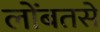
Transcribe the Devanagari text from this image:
लोंबतसे